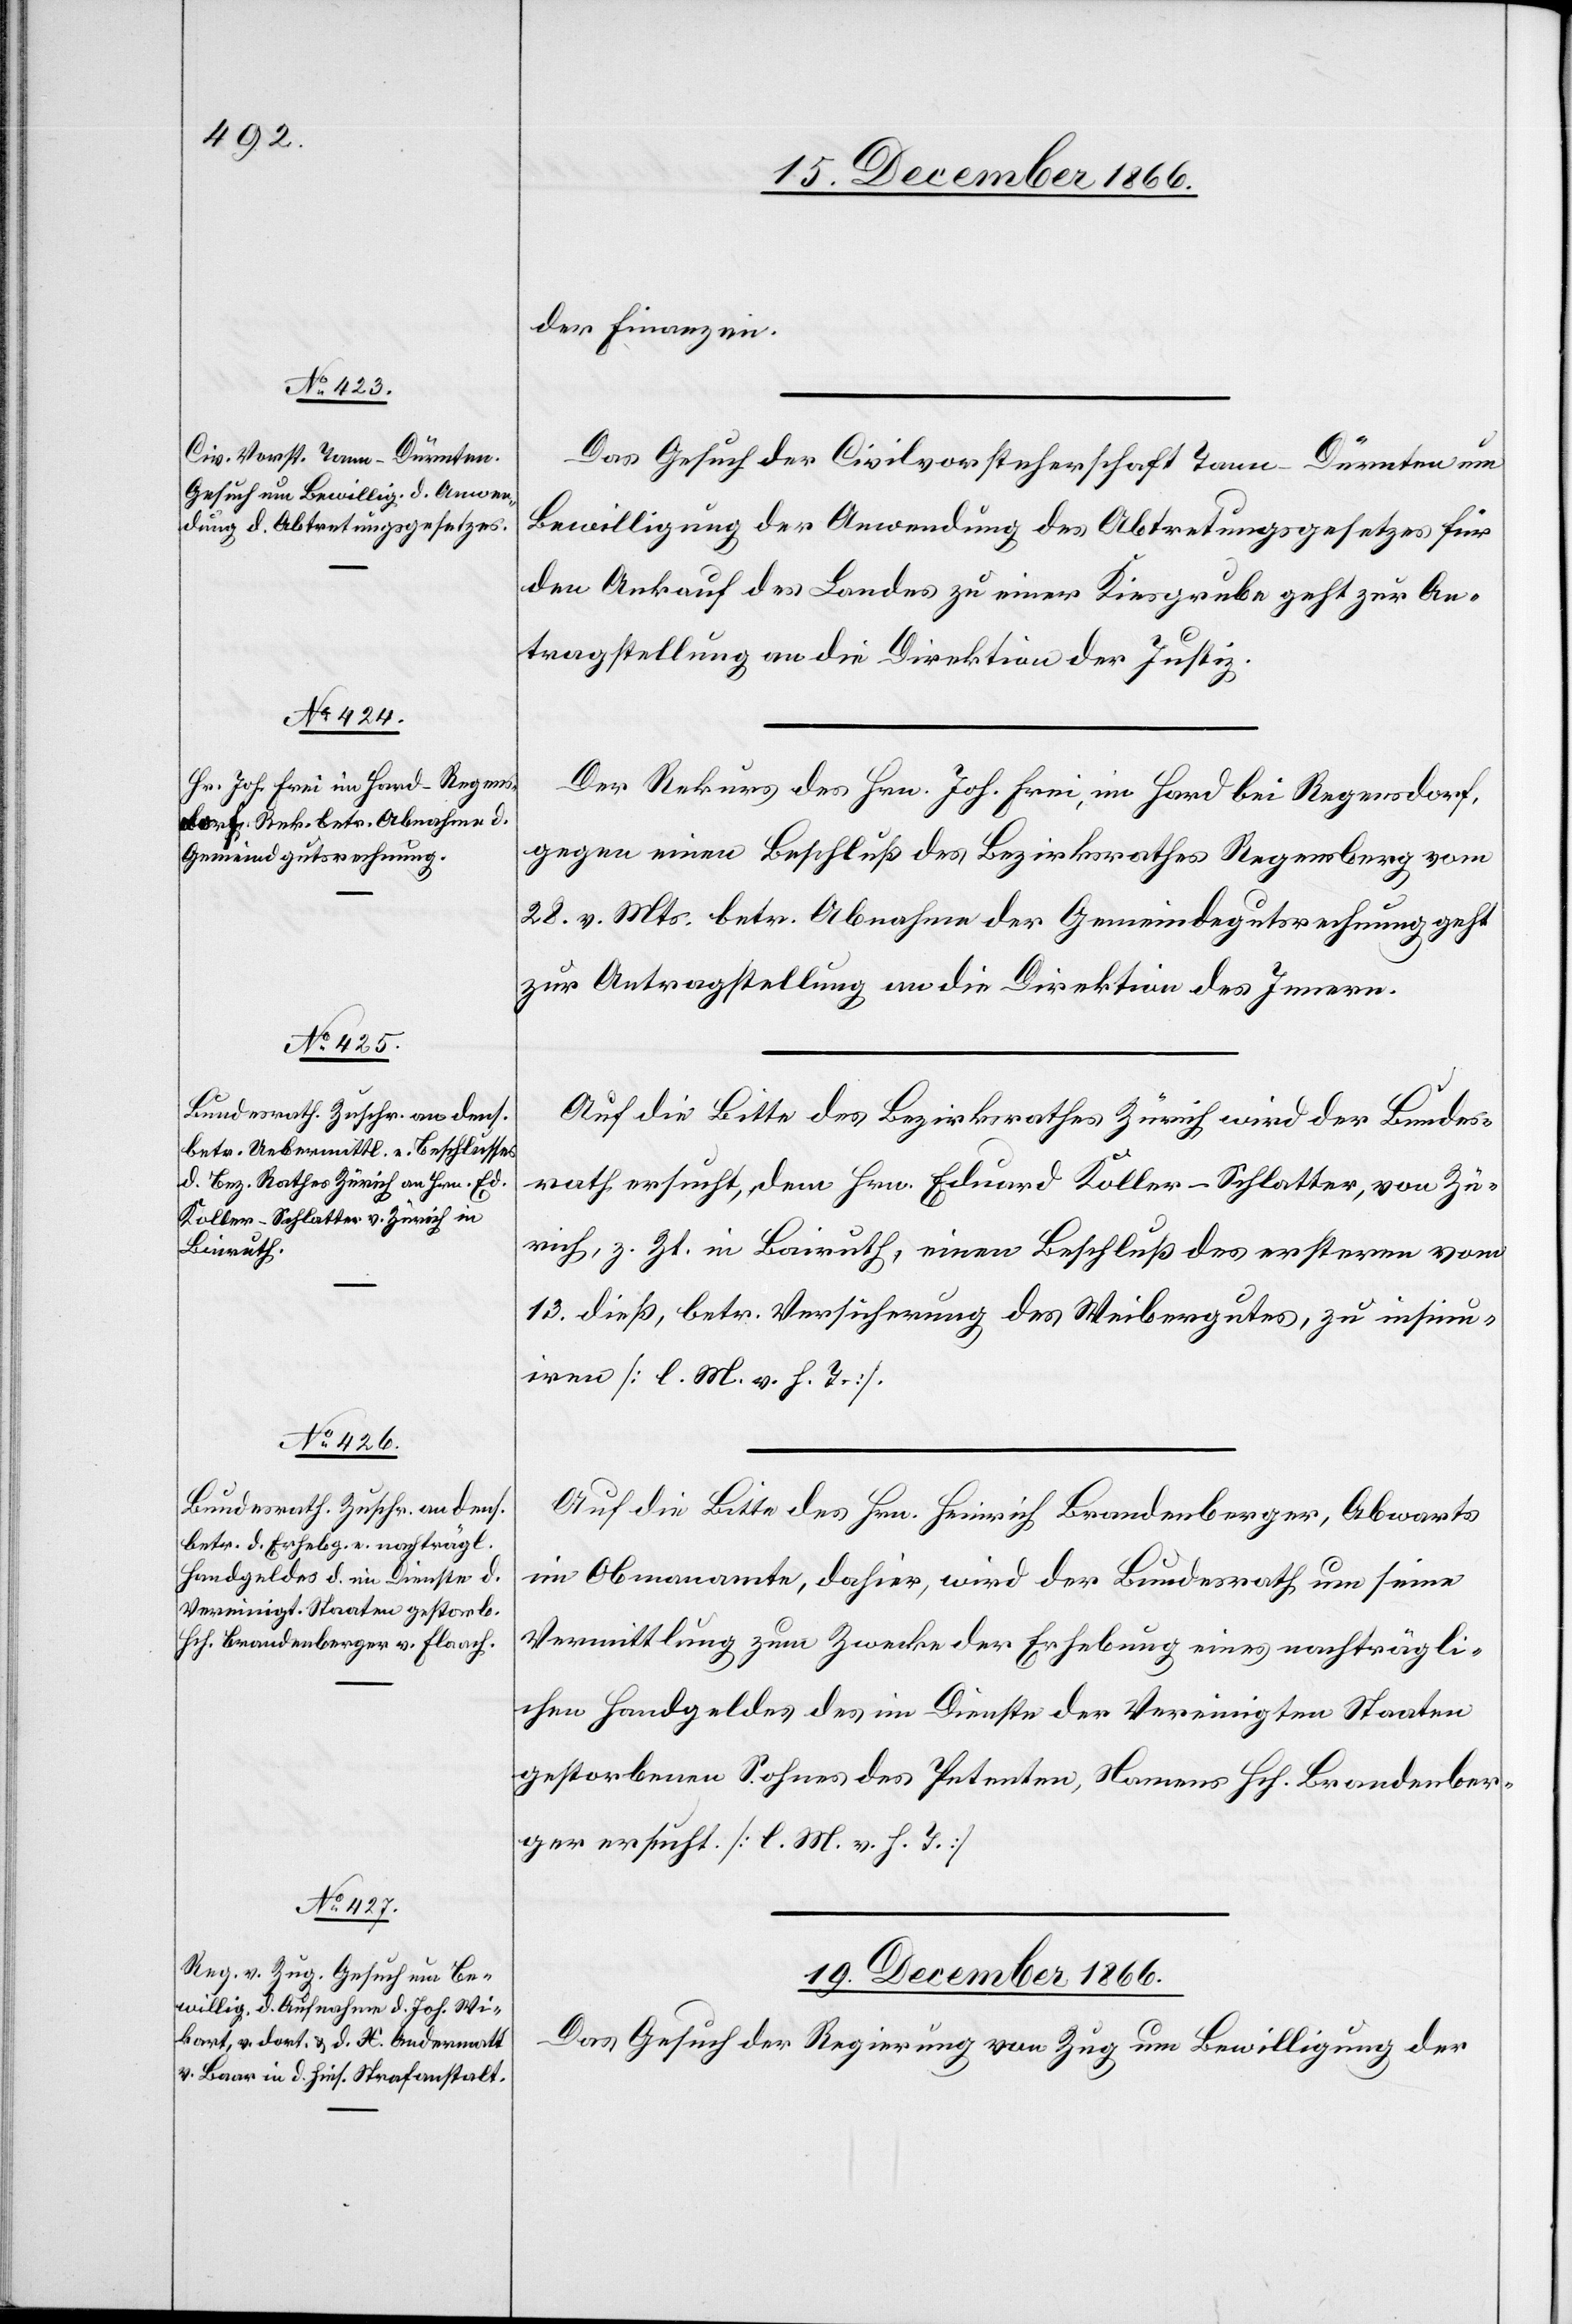
der Finanzen.
Das Gesuch der Civilvorsteherschaft Tann-Dürnten um
Bewilligung der Anwendung des Abtretungsgesetzes für
den Ankauf des Landes zu einer Kiesgrube geht zur An¬
tragstellung an die Direktion der Justiz.
Der Rekurs des Hrn. Joh. Frei, im Hard bei Regensdorf,
gegen einen Beschluß des Bezirksrathes Regensberg vom
28. v. Mts. betr. Abnahme der Gemeindegutsrechnung geht
zur Antragstellung an die Direktion des Innern.
Auf die Bitte des Bezirksrathes Zürich wird der Bundes¬
rath ersucht, dem Hrn. Eduard Koller-Schlatter, von Zü¬
rich, z. Zt. in Bairuth, einen Beschluß des erstern vom
13. dieß, betr. Versicherung des Weibergutes, zu insin¬
uiren [l. M. v. h. T.].
Auf die Bitte des Hrn. Heinrich Brandenberger, Abwarts
im Obmannamte, dahier, wird der Bundesrath um seine
Vermittlung zum Zwecke der Erhebung eines nachträgli¬
chen Handgeldes des im Dienste der Vereinigten Staaten
gestorbenen Sohnes des Petenten, Namens Hch. Brandenber¬
ger ersucht. [l. M. v. h. T.]
19. December 1866.
Das Gesuch der Regierung von Zug um Bewilligung der